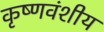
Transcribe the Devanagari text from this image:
कृष्णवंशीय